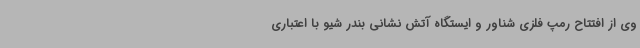
وی از افتتاح رمپ فلزی شناور و ایستگاه آتش نشانی بندر شیو با اعتباری